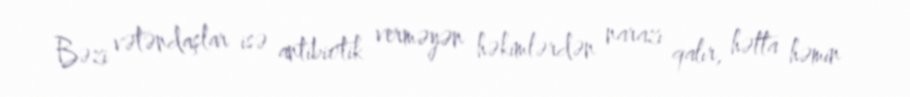
Bəzi vətəndaşlar isə antibiotik verməyən həkimlərdən narazı qalır, hətta həmin